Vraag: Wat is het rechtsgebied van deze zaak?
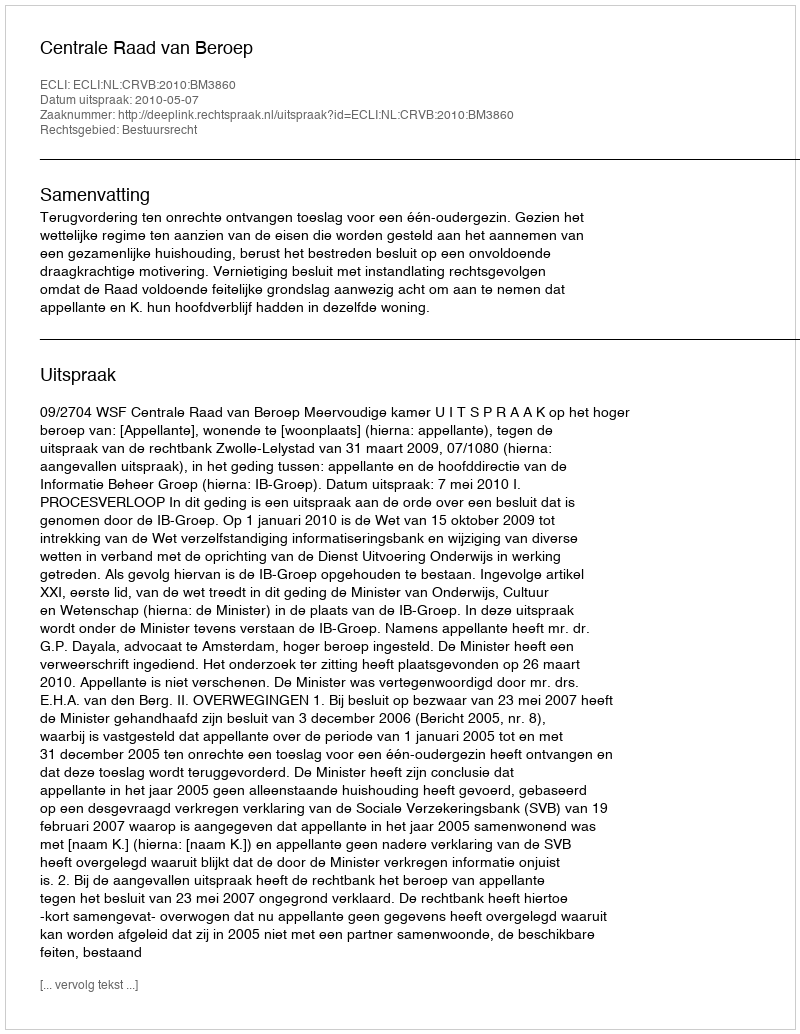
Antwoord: Bestuursrecht